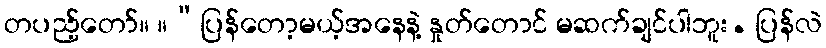
တပည့်တော်။ ။“ပြန်တော့မယ့်အနေနဲ့ နှုတ်တောင် မဆက်ချင်ပါဘူး. ပြန်လဲ